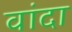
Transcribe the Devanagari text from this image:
वांदा